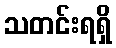
သတင်းရရှိ